Leaving Certificate Examination, 1912
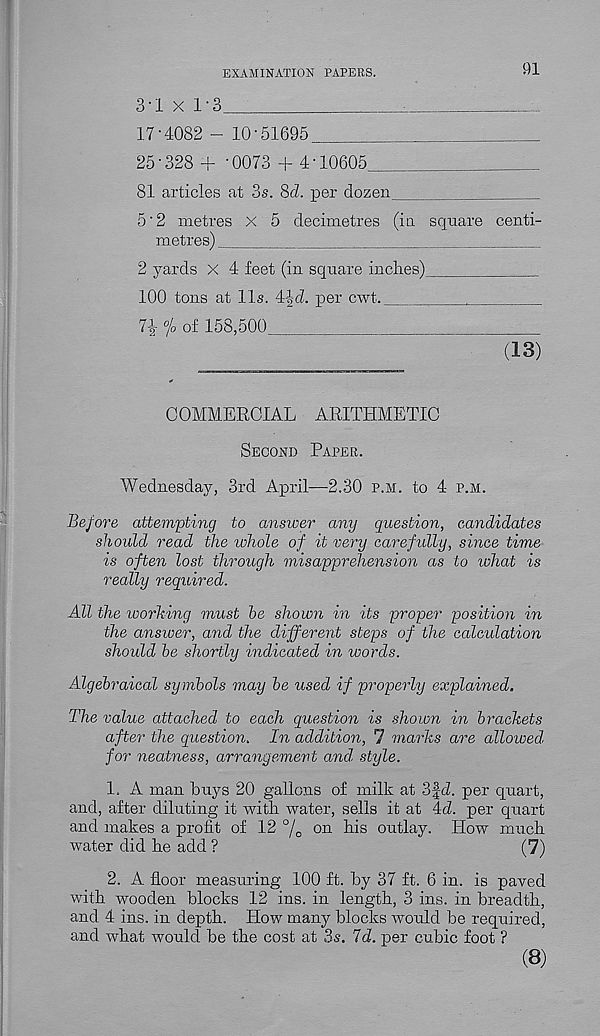
EXAMINATION PAPEES.
91
3-1 x 1'3
;
:
17-4082 - 10-51695
25-328 + -0073 + 4'10605
81 articles at 3s. 8d. per dozen
5"2 metres X 5 decimetres (in square centi-
metres)
-
2 yards X 4 feet (in square inches)
100 tons at 11s. 4-|cL per cwt.
7i °/ 0 of 158,500
(13)
COMMERCIAL ARITHMETIC
Second Paper.
Wednesday, 3rd April—^2.30 p.m. to 4 p.m.
Before attempting to answer any question, candidates
should read the whole of it very carefully, since time
is often lost through misapprehension as to what is
really required.
All the working must he shown in its proper position in
the answer, and the different steps of the calculation
should he shortly indicated in words.
Algebraical symbols may he used if properly explained.
The value attached to each question is shown in brackets
aft.er the question. In addition, 7 marks are allowed,
for neatness, arrangement and, style.
1. A man buys 20 gallons of milk at 3§<7. per quart,
and, after diluting it with water, sells it at 4cZ. per quart
and makes a profit of 12 °/o on hi s outlay. How much
water did he add ?
(7)
2. A floor measuring 100 ft. by 37 ft. 6 in. is paved
with wooden blocks 12 ins. in length, 3 ins. in breadth,
and 4 ins. in depth. How many blocks would be required,
and what would be the cost at 3s. Id. per cubic foot ?
(8)